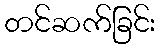
တင်ဆက်ခြင်း